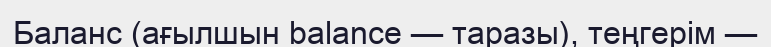
Баланс (ағылшын balance — таразы), теңгерім —